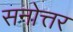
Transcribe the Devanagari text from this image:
सनोत्तर